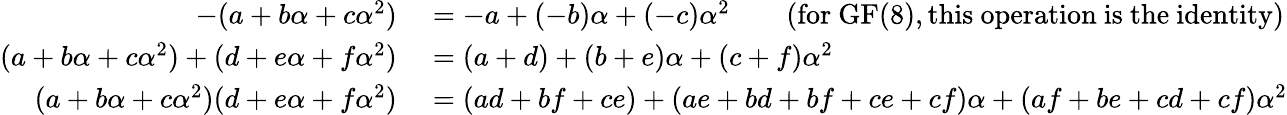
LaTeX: \begin{array}{rl}{-(a+b\alpha+c\alpha^{2})}&{{}=-a+(-b)\alpha+(-c)\alpha^{2}\qquad{\mathrm{(for~}}\mathrm{GF}(8),{\mathrm{this~operation~is~the~identity)}}}\\ {(a+b\alpha+c\alpha^{2})+(d+e\alpha+f\alpha^{2})}&{{}=(a+d)+(b+e)\alpha+(c+f)\alpha^{2}}\\ {(a+b\alpha+c\alpha^{2})(d+e\alpha+f\alpha^{2})}&{{}=(ad+bf+ce)+(ae+bd+bf+ce+cf)\alpha+(af+be+cd+cf)\alpha^{2}}\end{array}